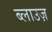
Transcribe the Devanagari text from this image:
ब्लाउज़